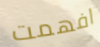
افهمت